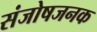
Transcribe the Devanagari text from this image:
संजोषजनक